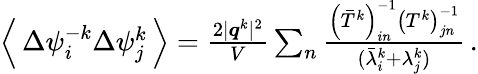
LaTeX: \begin{array}{r}{\left\langle\, \Delta\psi_{i}^{-k}\Delta\psi_{j}^{k}\, \right\rangle=\frac{2\vert\boldsymbol{q}^{k}\vert^{2}}{V}\sum_{n}\frac{\left(\bar{T}^{k}\right)_{in}^{-1}\left(T^{k}\right)_{jn}^{-1}}{(\bar{\lambda}_{i}^{k}+\lambda_{j}^{k})}\, .}\end{array}